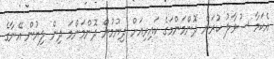
އެކަމާ ސުވާލު ކުރަން ދޮންމަންމަގެ ކައިރިއަށް ދިޔުމުން ދޮންމަންމަ ދިން ލިޔުން އޭނާގެ